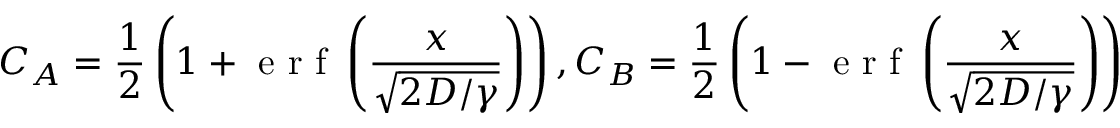
C _ { A } = \frac { 1 } { 2 } \left( 1 + \mathrm { ~ e ~ r ~ f ~ } \left( \frac { x } { \sqrt { 2 D / \gamma } } \right) \right) , C _ { B } = \frac { 1 } { 2 } \left( 1 - \mathrm { ~ e ~ r ~ f ~ } \left( \frac { x } { \sqrt { 2 D / \gamma } } \right) \right)